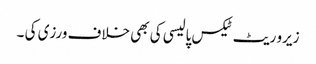
زیرو ریٹ ٹیکس پالیسی کی بھی خلاف ورزی کی ۔